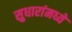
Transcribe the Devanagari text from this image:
सुधारांमध्ये